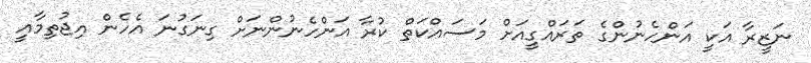
ނަޒީރާ އަކީ އަންހެނުންގެ ތަރައްގީއަށް މަސައްކަތް ކުރާ އަންހެނުންނަށް ގިނަގުނަ އެހެން އިޖުތިމާއީ